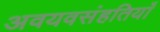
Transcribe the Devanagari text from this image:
अवयवसंहतियाँ